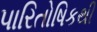
પારિતોષિકથી